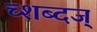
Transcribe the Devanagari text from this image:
च्शब्दज्